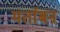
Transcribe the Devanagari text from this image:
मर्ताबन